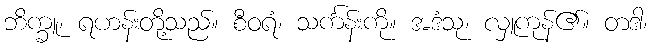
ဘိက္ခူ၊ ရဟန်းတို့သည်။ စီဝရံ၊ သင်္ကန်းကို။ အဒံသု၊ လှူကုန်၏။ တဒါ၊